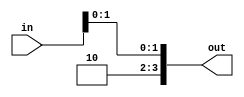
module drop_bits(out, in);
    input  [3:0] in;
    output [3:0] out;

    assign out[3] = 1'b1;
    assign out[2] = 1'b0;
    assign out[1:0] = in[1:0];

endmodule

module invert_bits(out, in);
    input  [3:0] in;
    output [3:0] out;

    wire   [3:0] w1;
    drop_bits drop0(w1, in);

    assign out[3] = w1[3];
    assign out[2] = !w1[2];
    assign out[1] = w1[1];
    assign out[0] = !w1[0];

endmodule

module top(out, in);
    input  [3:0] in;
    output       out;

    wire   [3:0] w1;
    invert_bits invert0(w1, in);

    assign out = &w1;

endmodule